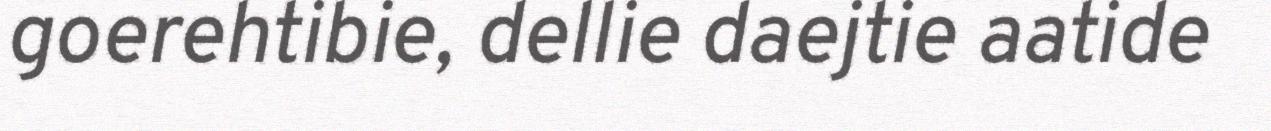
goerehtibie, dellie daejtie aatide